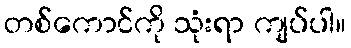
တစ်ကောင်ကို သုံးရာ ကျပ်ပါ။